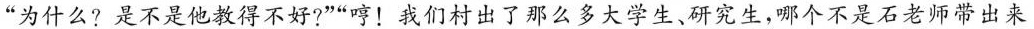
”为什么?是不是他教得不好?””哼！我们村出了那么多大学生、研究生，哪个不是石老师带出来